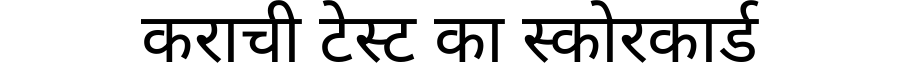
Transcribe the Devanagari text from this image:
कराची टेस्ट का स्कोरकार्ड